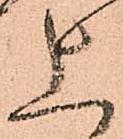
上